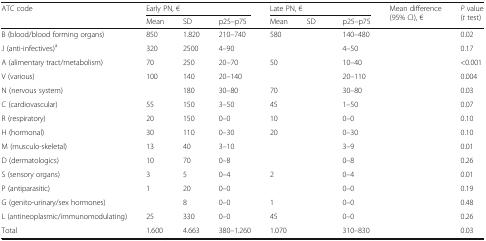
<table><thead><tr><td rowspan="2"><b>ATC code</b></td><td colspan="3"><b>Early PN, €</b></td><td colspan="3"><b>Late PN, €</b></td><td rowspan="2"><b>Mean difference(95% CI), €</b></td><td rowspan="2"><b><i>P</i> value (<i>t</i> test)</b></td></tr><tr><td><b>Mean</b></td><td><b>SD</b></td><td><b>p25–p75</b></td><td><b>Mean</b></td><td><b>SD</b></td><td><b>p25–p75</b></td></tr></thead><tbody><tr><td>B (blood/blood forming organs)</td><td>850</td><td>1.820</td><td>210–740</td><td>580</td><td>[EMPTY_CELL]</td><td>140–480</td><td>[EMPTY_CELL]</td><td>0.02</td></tr><tr><td>J (anti-infectives)<sup>a</sup></td><td>320</td><td>2500</td><td>4–90</td><td>[EMPTY_CELL]</td><td>[EMPTY_CELL]</td><td>4–50</td><td>[EMPTY_CELL]</td><td>0.17</td></tr><tr><td>A (alimentary tract/metabolism)</td><td>70</td><td>250</td><td>20–70</td><td>50</td><td>[EMPTY_CELL]</td><td>10–40</td><td>[EMPTY_CELL]</td><td>&lt;0.001</td></tr><tr><td>V (various)</td><td>100</td><td>140</td><td>20–140</td><td>[EMPTY_CELL]</td><td>[EMPTY_CELL]</td><td>20–110</td><td>[EMPTY_CELL]</td><td>0.004</td></tr><tr><td>N (nervous system)</td><td>[EMPTY_CELL]</td><td>180</td><td>30–80</td><td>70</td><td>[EMPTY_CELL]</td><td>30–80</td><td>[EMPTY_CELL]</td><td>0.03</td></tr><tr><td>C (cardiovascular)</td><td>55</td><td>150</td><td>3–50</td><td>45</td><td>[EMPTY_CELL]</td><td>1–50</td><td>[EMPTY_CELL]</td><td>0.07</td></tr><tr><td>R (respiratory)</td><td>20</td><td>150</td><td>0–0</td><td>10</td><td>[EMPTY_CELL]</td><td>0–0</td><td>[EMPTY_CELL]</td><td>0.10</td></tr><tr><td>H (hormonal)</td><td>30</td><td>110</td><td>0–30</td><td>20</td><td>[EMPTY_CELL]</td><td>0–30</td><td>[EMPTY_CELL]</td><td>0.10</td></tr><tr><td>M (musculo-skeletal)</td><td>13</td><td>40</td><td>3–10</td><td>[EMPTY_CELL]</td><td>[EMPTY_CELL]</td><td>3–9</td><td>[EMPTY_CELL]</td><td>0.01</td></tr><tr><td>D (dermatologics)</td><td>10</td><td>70</td><td>0–8</td><td>[EMPTY_CELL]</td><td>[EMPTY_CELL]</td><td>0–8</td><td>[EMPTY_CELL]</td><td>0.26</td></tr><tr><td>S (sensory organs)</td><td>3</td><td>5</td><td>0–4</td><td>2</td><td>[EMPTY_CELL]</td><td>0–4</td><td>[EMPTY_CELL]</td><td>0.01</td></tr><tr><td>P (antiparasitic)</td><td>1</td><td>20</td><td>0–0</td><td>[EMPTY_CELL]</td><td>[EMPTY_CELL]</td><td>0–0</td><td>[EMPTY_CELL]</td><td>0.19</td></tr><tr><td>G (genito-urinary/sex hormones)</td><td>[EMPTY_CELL]</td><td>8</td><td>0–0</td><td>1</td><td>[EMPTY_CELL]</td><td>0–0</td><td>[EMPTY_CELL]</td><td>0.48</td></tr><tr><td>L (antineoplasmic/immunomodulating)</td><td>25</td><td>330</td><td>0–0</td><td>45</td><td>[EMPTY_CELL]</td><td>0–0</td><td>[EMPTY_CELL]</td><td>0.26</td></tr><tr><td>Total</td><td>1.600</td><td>4.663</td><td>380–1.260</td><td>1.070</td><td>[EMPTY_CELL]</td><td>310–830</td><td>[EMPTY_CELL]</td><td>0.03</td></tr></tbody></table>